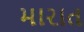
મારાત